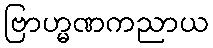
ဗြာဟ္မဏကညာယ